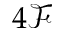
4 \mathcal { F }